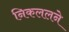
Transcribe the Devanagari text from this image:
निकललने